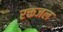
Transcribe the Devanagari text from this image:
रक्तजल